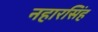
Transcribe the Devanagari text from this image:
नहारसिंह